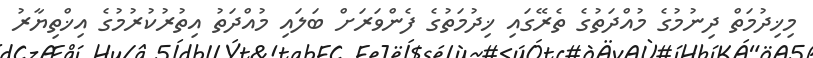
މިޚިދުމަތް ދިނުމުގެ މުއްދަތުގެ ތެރޭގައި ޚިދުމަތުގެ ފެންވަރަށް ބަލައި މުއްދަތު އިތުރުކުރުމުގެ އިޚްތިޔާރު